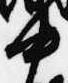
中